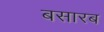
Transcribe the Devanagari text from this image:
बसारब